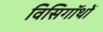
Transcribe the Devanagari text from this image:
विसिगॉथों